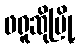
ဖရူဆိုမြို့